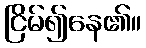
ငြိမ်၍နေ၏။